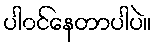
ပါ၀င်နေတာပါပဲ။